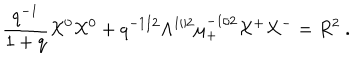
LaTeX: \frac { q ^ { - 1 } } { 1 + q } { \cal X } ^ { 0 } { \cal X } ^ { 0 } + q ^ { - 1 / 2 } \Lambda ^ { 1 / 2 } \mu _ { + } ^ { - 1 / 2 } { \cal X } ^ { + } { \cal X } ^ { - } = R ^ { 2 } ~ .